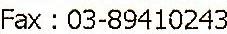
FAX : 03-89410243